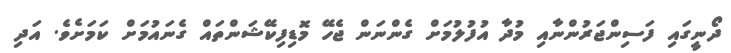
ދޯނީގައި ފަސިންޖަރުންނާއި މުދާ އުފުލުމަށް ގެންނަން ޖެހޭ މޮޑިފިކޭޝަންތައް ގެނައުމަށް ކަމަށެވެ. އަދި